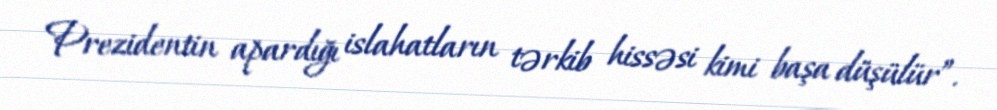
Prezidentin apardığı islahatların tərkib hissəsi kimi başa düşülür”.